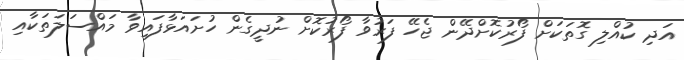
އަދި ކުއްލި ގޮތަކަށް ފޯރުކޮށްދޭން ޖެހޭ ފަރުވާ ފޯރުކޮށް ނުދީގެން ހުށައަޅާފައިވާ މައްސަލަތަކާއި